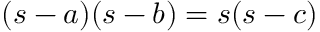
\displaystyle ( s - a ) ( s - b ) = s ( s - c )